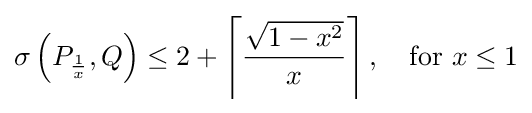
\sigma \left(P_{\frac {1}{x}},Q\right)\leq 2+\left\lceil {\frac {\sqrt {1-x^{2}}}{x}}\right\rceil ,\quad {\text{for }}x\leq 1